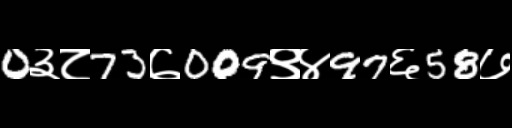
Text: 0३८73७009९४97६58७